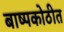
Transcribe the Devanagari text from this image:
बाष्पकोठीत